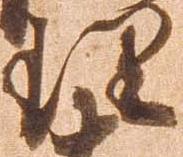
理